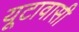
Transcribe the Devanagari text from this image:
यूटावासी